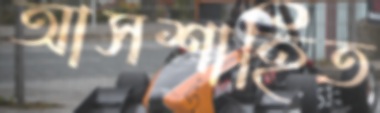
আসশাহিত